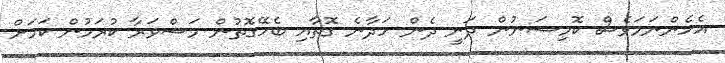
އެހެންނަމަވެސް ކޮމިޝަނުން ދަނީ ދެން ހަދާނެ ގޮތާއި ބެހޭގޮތުން މަޝްވަރާ ކުރަމުން ކަމަށް